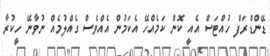
ޑޭންޑްރަފް ހުއްޓަސް އެއީ ކޮން ކަމެއްހޭ އެކަމުން އެއްވެސް ގެއްލުމެއް ނުވާނޭ ހީކުރާ